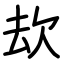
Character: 㰦